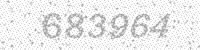
Solution: 683964